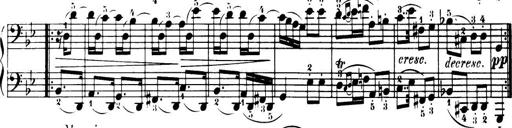
Title: 32 Sonatinas and Rondos for the Piano
Composer: Richard Kleinmichel